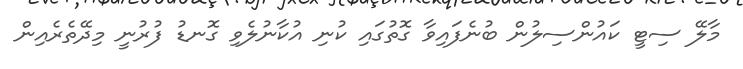
މާލޭ ސިޓީ ކައުންސިލުން ބުނެފައިވާ ގޮތުގައި ކުނި އުކާނުލެވި ގޮނޑު ފުރުނީ މިދޭތެރެއިން